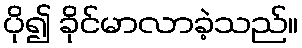
ပို၍ ခိုင်မာလာခဲ့သည်။